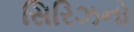
સિરિઝનો